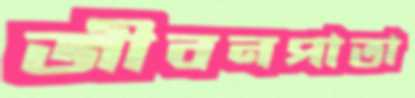
জীবনপাতা